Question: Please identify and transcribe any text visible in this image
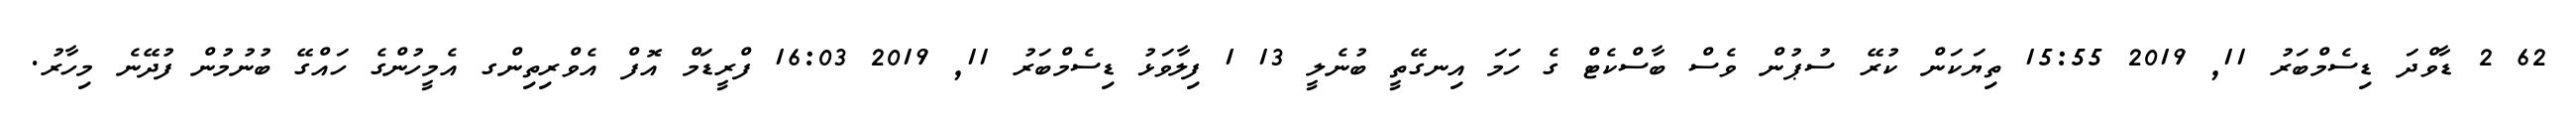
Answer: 62 2 ޑާވްދަ ޑިސެމްބަރު 11, 2019 15:55 ތިޔަކަން ކުރޭ ސުޕުން ވެސް ބާސްކެޓް ގެ ހަމަ އިނގޭތީ ބުނެލީ 13 1 ފިލާވަޅު ޑިސެމްބަރު 11, 2019 16:03 ފްރީޑަމް އޮފް އެވްރިތިންގ އެމީހުންގެ ހައްގޭ ބުނުމުން ފުދޭނެ މިހާރު.